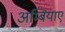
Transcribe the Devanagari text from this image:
अम्बियाए